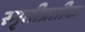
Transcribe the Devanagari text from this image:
स्मृतीप्रतीक